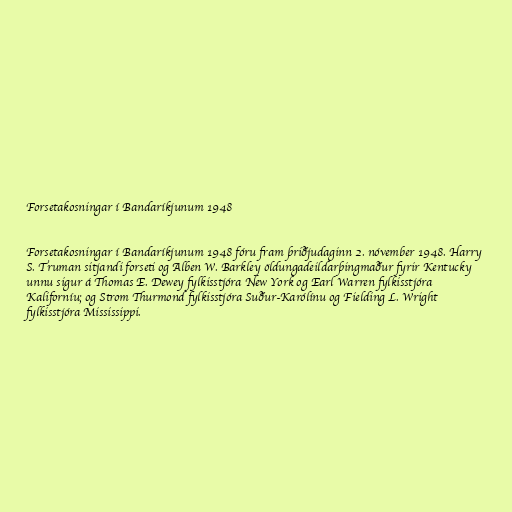
Forsetakosningar í Bandaríkjunum 1948

Forsetakosningar í Bandaríkjunum 1948 fóru fram þriðjudaginn 2. nóvember 1948. Harry
S. Truman sitjandi forseti og Alben W. Barkley öldungadeildarþingmaður fyrir Kentucky
unnu sigur á Thomas E. Dewey fylkisstjóra New York og Earl Warren fylkisstjóra
Kaliforníu; og Strom Thurmond fylkisstjóra Suður-Karólínu og Fielding L. Wright
fylkisstjóra Mississippi.